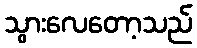
သွားလေတော့သည်